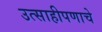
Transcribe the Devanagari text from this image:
उत्साहीपणाचे